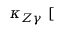
\kappa _ { Z \gamma } ~ [ \